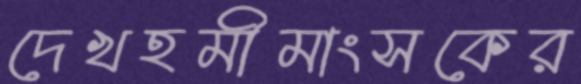
দেখহমীমাংসকের